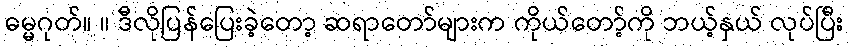
ဓမ္မဂုတ်။ ။ ဒီလိုပြန်ပြေးခဲ့တော့ ဆရာတော်များက ကိုယ်တော့်ကို ဘယ့်နှယ် လုပ်ပြီး